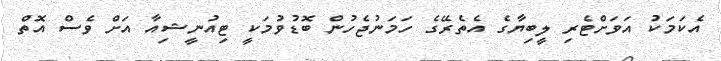
އެކަމަކު އަވަށްޓެރި ލީބިޔާގެ އެތެރޭގެ ހަމަނުޖެހުން ބޮޑުވުމަކީ ޓިއުނީޝިއާ އަށް ވެސް އޮތް